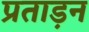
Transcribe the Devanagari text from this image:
प्रताड़न